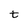
Character: t